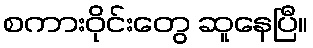
စကားဝိုင်းတွေ ဆူနေပြီ။